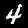
Label: 4